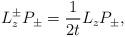
LaTeX: \begin{align*}L_z^\pm P_\pm = \frac1{2t}L_z P_\pm,\end{align*}